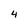
Character: 4